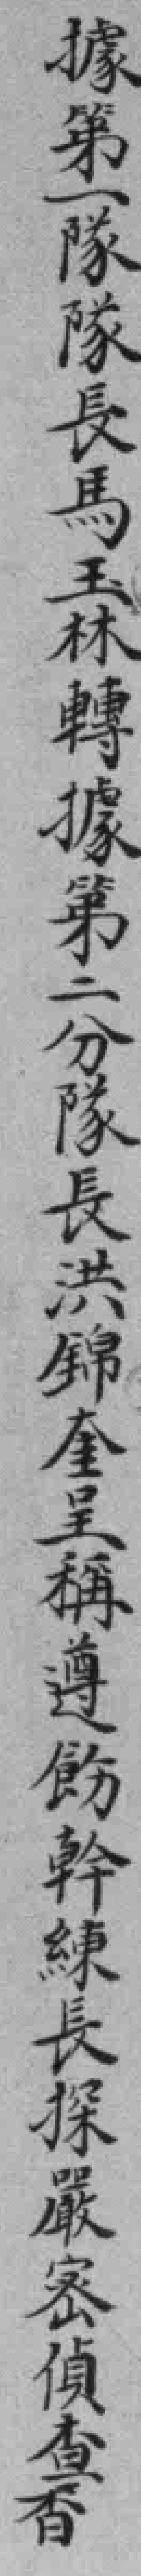
據第一隊隊長馬玉林轉據第二分隊長洪錦奎呈稱遵飭幹練長探嚴密偵查香